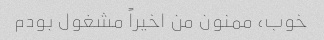
خوب، ممنون من اخیراً مشغول بودم